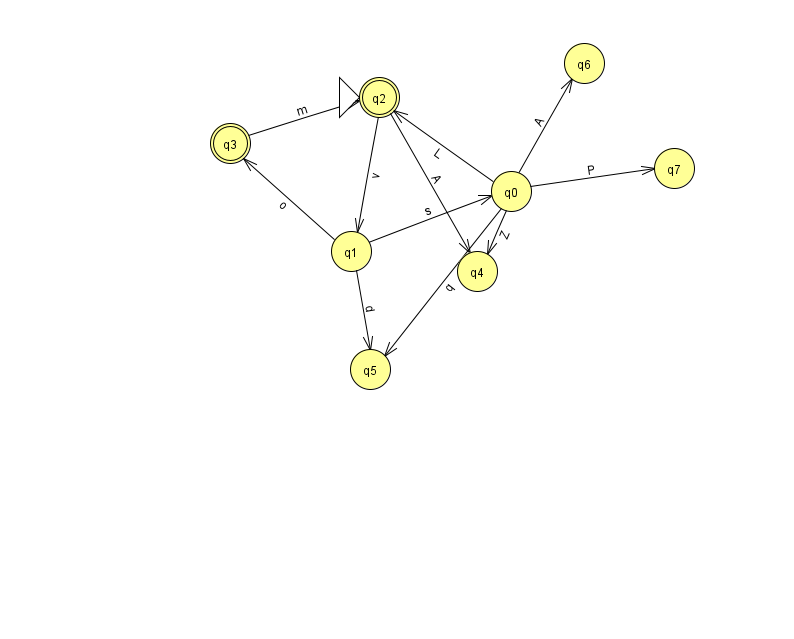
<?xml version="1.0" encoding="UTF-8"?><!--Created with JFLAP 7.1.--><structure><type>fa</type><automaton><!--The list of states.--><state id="0" name="q0"><x>511.0</x><y>178.0</y></state><state id="1" name="q1"><x>351.0</x><y>238.0</y></state><state id="2" name="q2"><x>379.0</x><y>84.0</y><initial/><final/></state><state id="3" name="q3"><x>230.0</x><y>130.0</y><final/></state><state id="4" name="q4"><x>477.0</x><y>258.0</y></state><state id="5" name="q5"><x>370.0</x><y>356.0</y></state><state id="6" name="q6"><x>584.0</x><y>50.0</y></state><state id="7" name="q7"><x>674.0</x><y>155.0</y></state><!--The list of transitions.--><transition><from>0</from><to>2</to><read>L</read></transition><transition><from>0</from><to>5</to><read>q</read></transition><transition><from>0</from><to>6</to><read>A</read></transition><transition><from>3</from><to>2</to><read>m</read></transition><transition><from>1</from><to>3</to><read>o</read></transition><transition><from>0</from><to>7</to><read>P</read></transition><transition><from>2</from><to>1</to><read>v</read></transition><transition><from>0</from><to>4</to><read>Z</read></transition><transition><from>1</from><to>0</to><read>s</read></transition><transition><from>2</from><to>4</to><read>A</read></transition><transition><from>1</from><to>5</to><read>d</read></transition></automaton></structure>